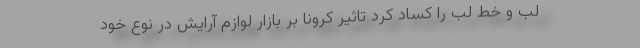
لب و خط لب را کساد کرد تاثیر کرونا بر بازار لوازم آرایش در نوع خود